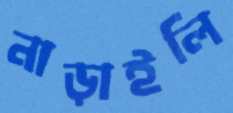
নাড়াইলি